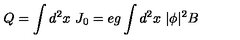
Q = \int d ^ { 2 } x \ J _ { 0 } = e g \int d ^ { 2 } x \ | \phi | ^ { 2 } B